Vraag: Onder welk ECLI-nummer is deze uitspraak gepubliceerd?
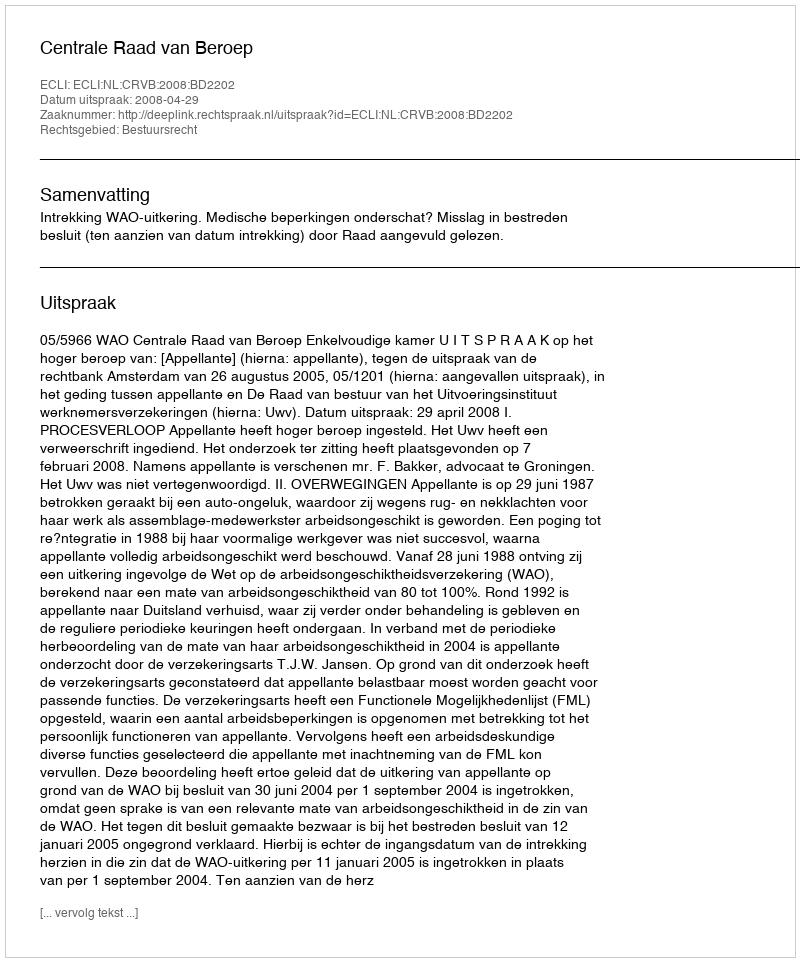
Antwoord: ECLI:NL:CRVB:2008:BD2202